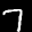
Label: 7